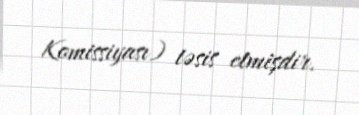
Komissiyası) təsis etmişdir.